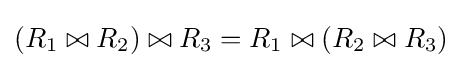
(R_{1}\bowtie R_{2})\bowtie R_{3}=R_{1}\bowtie (R_{2}\bowtie R_{3})